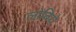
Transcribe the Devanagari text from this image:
लोबिये